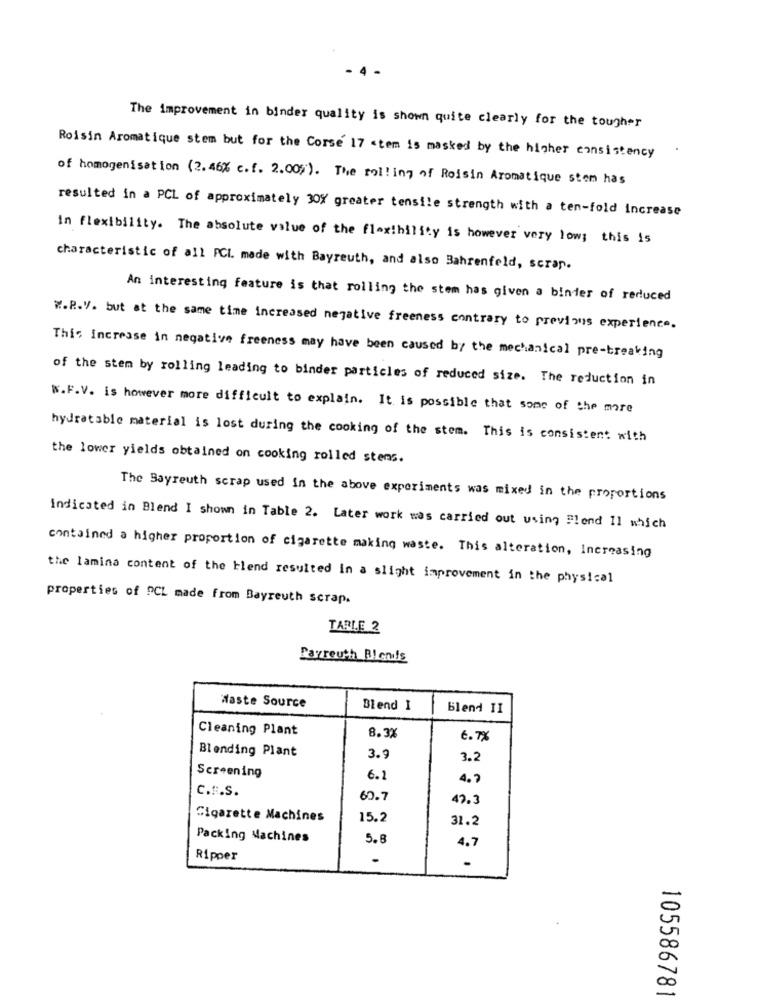
The improvement in binder quality is shown quite clearly for the tougher
Roisin Aromatique stem but for the Corse' 17 <tem is masked by the higher consistency
of homogenisation (2.46% c. f. 2.00%). The rolling of Roisin Aromatique stem has
resulted in a PCL of approximately 30% greater tensile strength with a ten-fold increase
in flexibility. The absolute value of the flexibility is however very low; this is
characteristic of all FCI. made with Bayreuth, and also Bahrenfeld, scrap.
An interesting feature is that rolling the stem has given a binder of reduced
W.P.V. but at the same time increased negative freeness contrary to previous experience.
This Increase in negative freeness may have been caused by the mechanical pre-breaking
of the stem by rolling leading to binder particles of reduced size. The reduction in
W.F.V. is however more difficult to explain. It is possible that some of the more
hydratable material is lost during the cooking of the stem. This is consistent with
the lower yields obtained on cooking rolled stems.
The Bayreuth scrap used In the above experiments was mixed in the proportions
indicated in Blend I shown in Table 2. Later work was carried out using Flend 11 which
contained a higher proportion of cigarette making waste. This alteration, Increasing
the lamina content of the blend resulted in a slight improvement in the physical
properties of PCL made from Bayreuth scrap.
TARLE 2
Payreuth Blonds
Haste Source
Blend 1
blend II
Cleaning Plant
8.3%
6. 7%
Blending Plant
3.9
3.2
Screening
6.1
4.7
C.R.S.
60.7
47.3
Cigarette Machines
15.2
31.2
Packing Machines
5.8
4.7
Ripper
00
00
105586781